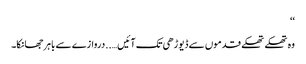
‘‘
وہ تھکے تھکے قدموں سے ڈیوڑھی تک آئیں…..دروازے سے باہر جھانکا۔